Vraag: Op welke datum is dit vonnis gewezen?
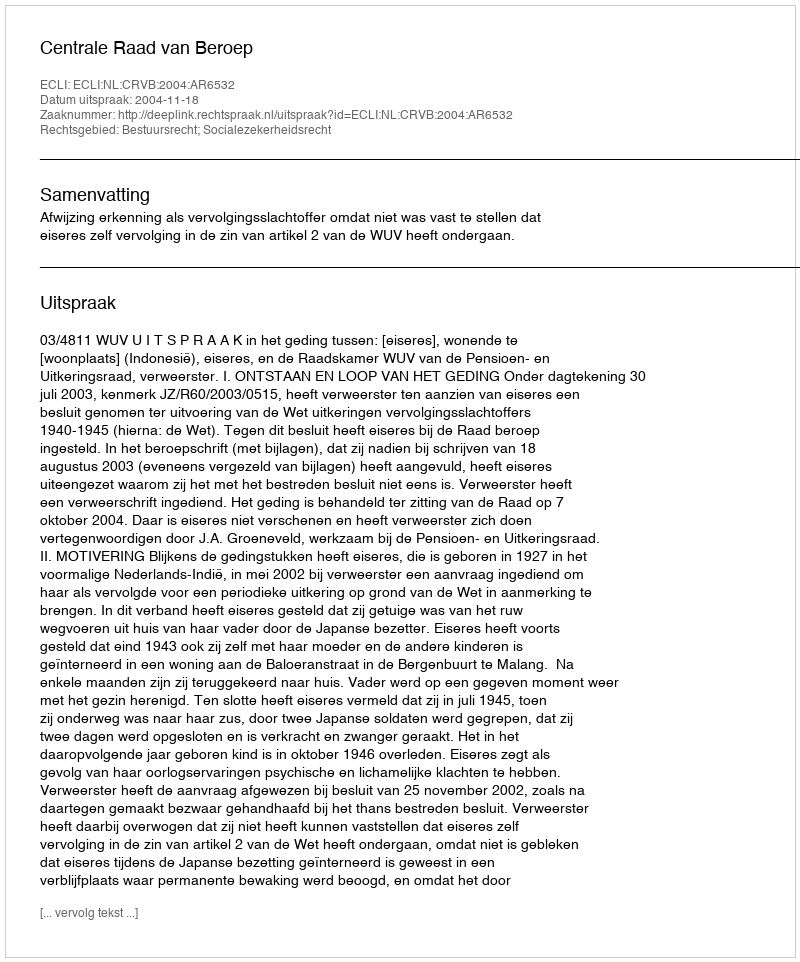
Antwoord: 2004-11-18